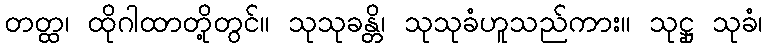
တတ္ထ၊ ထိုဂါထာတို့တွင်။ သုသုခန္တိ၊ သုသုခံဟူသည်ကား။ သုဋ္ဌု သုခံ၊